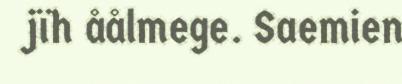
jïh åålmege. Saemien